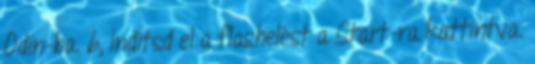
Odin-ba. 6, Indítsd el a flashelést a Start-ra kattintva.